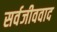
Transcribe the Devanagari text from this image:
सर्वजीववाद